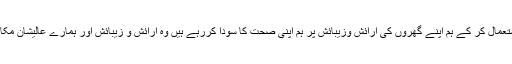
غور کرنا چاہئے کہ جن لکڑیوں کا استعمال کر کے ہم اپنے گھروں کی آرائش وزیبائش پر ہم اپنی صحت کا سودا کررہے ہیں وہ آرائش و زیبائش اور ہمارے عالیشان مکانات دھرے کے دھرے رہ جائیں گے۔